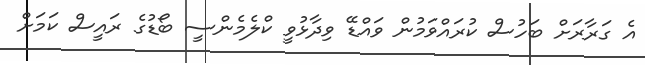
އެ ގަރާރަށް ބަހުސް ކުރައްވަމުން ވައްޑޭ ވިދާޅުވީ ކްލެމެންސީ ބޯޑުގެ ރައީސް ކަމަށް